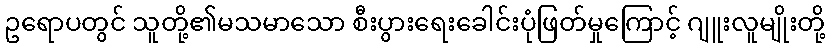
ဥရောပတွင် သူတို့၏မသမာသော စီးပွားရေးခေါင်းပုံဖြတ်မှုကြောင့် ဂျူးလူမျိုးတို့